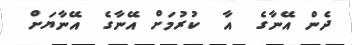
ދެން އޭނާގެ  އާ  ކުރުމަށް އޭނާގެ  އޭނާޔަށް